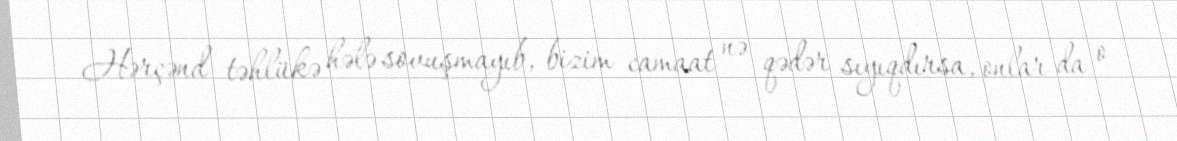
Hərçənd təhlükə hələ sovuşmayıb, bizim camaat nə qədər sıyıqdırsa, onlar da o